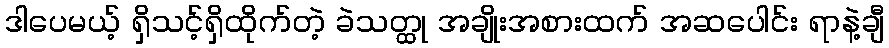
ဒါပေမယ့် ရှိသင့်ရှိထိုက်တဲ့ ခဲသတ္ထု အချိုးအစားထက် အဆပေါင်း ရာနဲ့ချီ